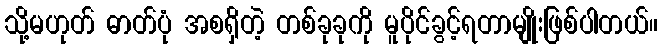
သို့မဟုတ် ဓာတ်ပုံ အစရှိတဲ့ တစ်ခုခုကို မူပိုင်ခွင့်ရတာမျိုးဖြစ်ပါတယ်။